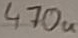
Text: 470u